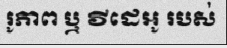
រូភាព ឬ វីដេអូ របស់